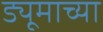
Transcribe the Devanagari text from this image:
ड्यूमाच्या